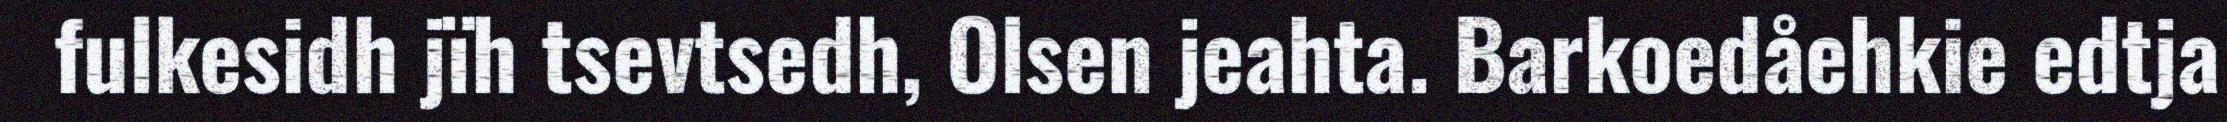
fulkesidh jïh tsevtsedh, Olsen jeahta. Barkoedåehkie edtja